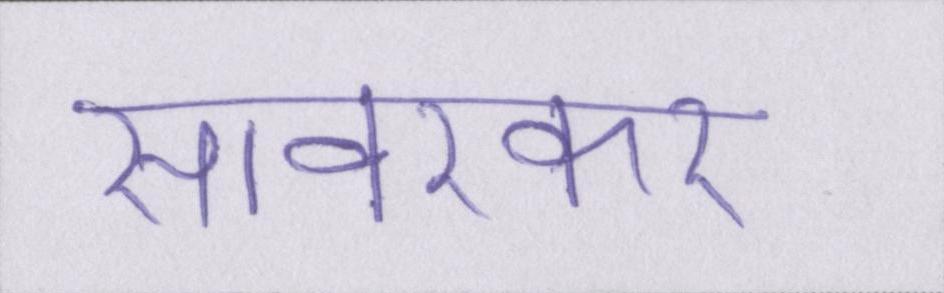
सावरकर